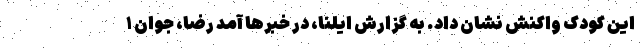
این کودک واکنش نشان داد. به گزارش ایلنا، در خبرها آمد رضا، جوان ۱